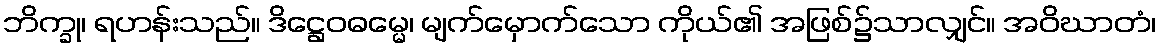
ဘိက္ခု၊ ရဟန်းသည်။ ဒိဋ္ဌေဝဓမ္မေ၊ မျက်မှောက်သော ကိုယ်၏ အဖြစ်၌သာလျှင်။ အဝိဃာတံ၊